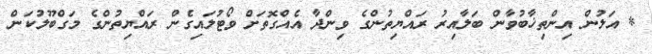
* އަލުން އިންތިޚާބުވާން ބަލާއިރު ރައްޔިތުންގެ ވިންދާ އެއްގޮތަށް ވޯޓުލައިގެން ރައްޔިތުންގެ މަގްބޫލުކަން